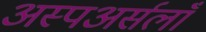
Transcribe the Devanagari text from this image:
अस्पअर्सलाँ